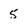
Character: 5